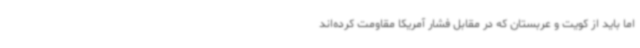
اما باید از کویت و عربستان که در مقابل فشار آمریکا مقاومت کرده‌اند